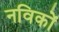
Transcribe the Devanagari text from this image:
नविकों